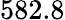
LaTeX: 582.8